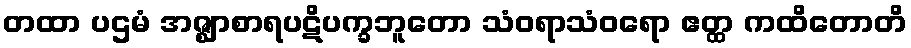
တထာ ပဌမံ အဇ္ဈာစာရပဋိပက္ခဘူတော သံဝရာသံဝရော ဧတ္ထ ကထိတောတိ